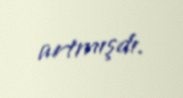
artmışdı.